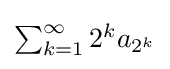
{\textstyle \sum _{k=1}^{\infty }2^{k}a_{2^{k}}}